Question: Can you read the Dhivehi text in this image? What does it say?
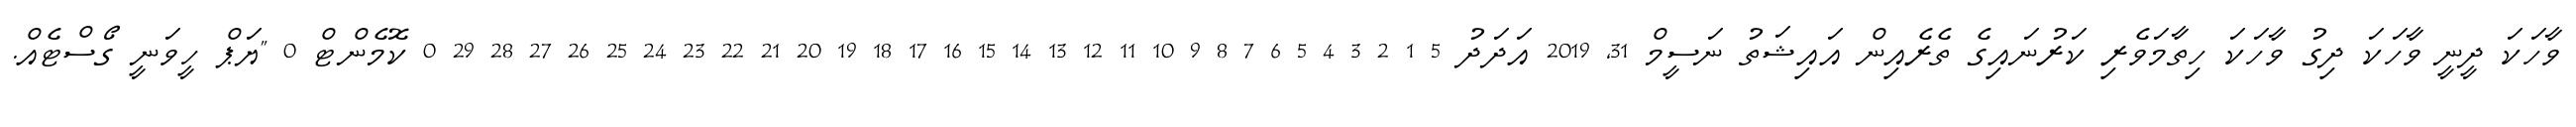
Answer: ވާހަކަ ދީނީ ވާހަކަ ދިގު ވާހަކަ ހިތާމަވެރި ކަރުނައިގެ ތެރެއިން އައިޝަތު ނަސީމް 31, 2019 އަދަދު 5 1 2 3 4 5 6 7 8 9 10 11 12 13 14 15 16 17 18 19 20 21 22 23 24 25 26 27 28 29 0 ކޮމެންޓް 0 "ޔަޕް ހީވަނީ ގޯސްޓެއް.